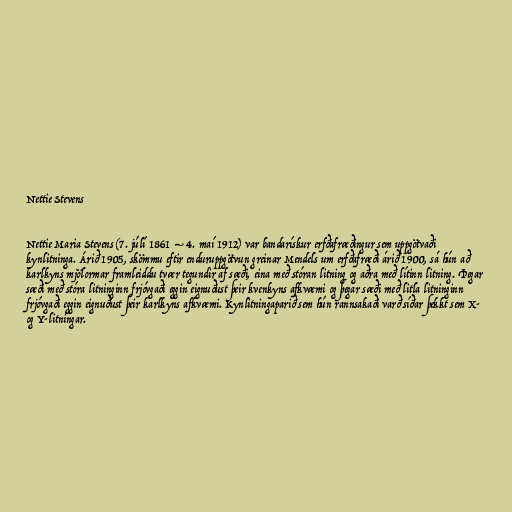
Nettie Stevens

Nettie Maria Stevens (7. júlí 1861 – 4. maí 1912) var bandarískur erfðafræðingur sem uppgötvaði
kynlitninga. Árið 1905, skömmu eftir enduruppgötvun greinar Mendels um erfðafræði árið 1900, sá hún að
karlkyns mjölormar framleiddu tvær tegundir af sæði, eina með stóran litning og aðra með lítinn litning. Þegar
sæði með stóra litninginn frjóvgaði eggin eignuðust þeir kvenkyns afkvæmi og þegar sæði með litla litninginn
frjóvgaði eggin eignuðust þeir karlkyns afkvæmi. Kynlitningaparið sem hún rannsakaði varð síðar þekkt sem X-
og Y-litningar.